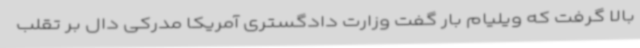
بالا گرفت که ویلیام بار گفت وزارت دادگستری آمریکا مدرکی دال بر تقلب